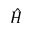
\hat { H }